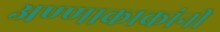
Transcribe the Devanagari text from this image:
अण्णाकाकांनी